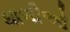
થાળીઓ